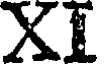
XI